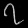
Digit: ၇